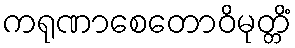
ကရုဏာစေတောဝိမုတ္တိံ